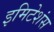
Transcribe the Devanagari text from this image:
इमिटेशंस